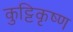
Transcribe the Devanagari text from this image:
कुट्टिकृष्ण